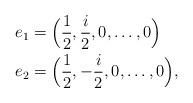
LaTeX: \begin{align*}e_1 &= \Big(\frac{1}{2}, \frac{i}{2}, 0, \dots, 0\Big) \\e_2 &= \Big(\frac{1}{2}, -\frac{i}{2}, 0, \dots, 0\Big),\end{align*}